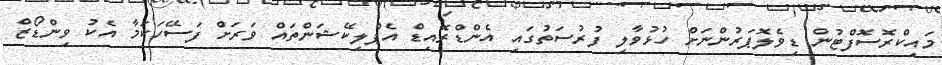
މައިކްރޮސޮފްޓުން ޑިވެލޮޕަރުންނަށް ހުޅުވާލި ފުރުސަތުގައި އެންޑްރޮއިޑް އެޕްލިކޭޝަންތައް ވަރަށް ފަސޭހަކަމާ އެކު ވިންޑޯޒް